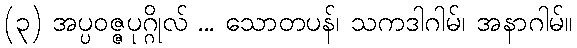
(၃) အပ္ပဝဇ္ဇပုဂ္ဂိုလ် ... သောတပန်၊ သကဒါဂါမ်၊ အနာဂါမ်။